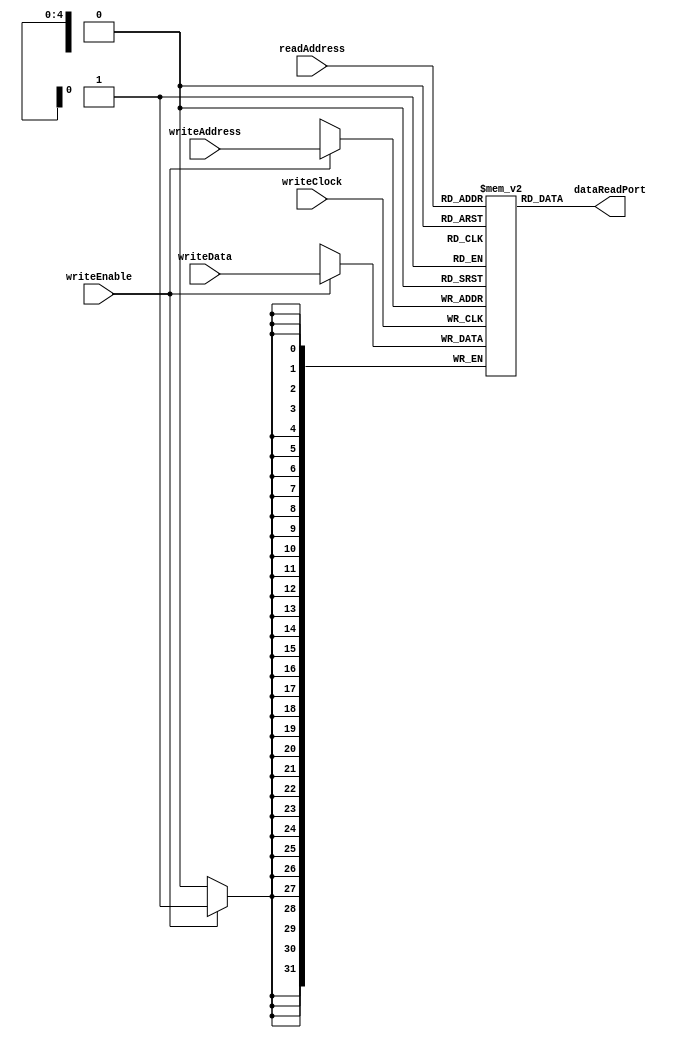
module sram32x32DpAr ( input wire         writeClock,
                                          writeEnable,
                       input wire [4:0]   writeAddress,
                       input wire [4:0]   readAddress,
                       input wire [31:0]  writeData,
                       output wire [31:0] dataReadPort);

  reg [31:0] s_memory [31:0];
  
  assign dataReadPort = s_memory[readAddress];
  
  always @(posedge writeClock)
    if (writeEnable == 1'b1) s_memory[writeAddress] <= writeData;
endmodule